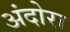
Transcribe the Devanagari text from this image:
अंदोरा